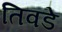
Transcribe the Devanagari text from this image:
तिवडे